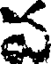
వ